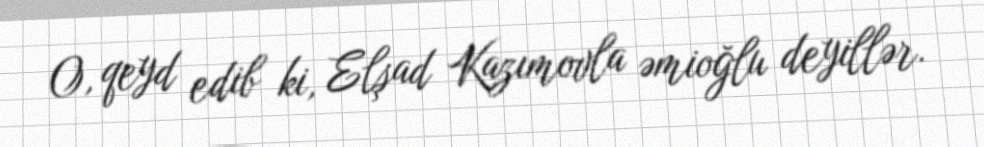
O, qeyd edib ki, Elşad Kazımovla əmioğlu deyillər.